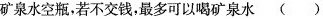
矿泉水空瓶，若不交钱，最多可以喝矿泉水()